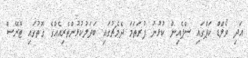
އަދި ވޯލްޑް ކަޕްގައި ސްޕެއިން ކުޅުނު ފުރަތަމަ ދެމެޗުގައި ބަދަލުކުޅުންތެރިއެއްގެ ގޮތުގައި ޓޮރޭސް